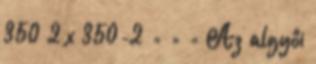
350 2 x 350-2 = = = Az algyôi